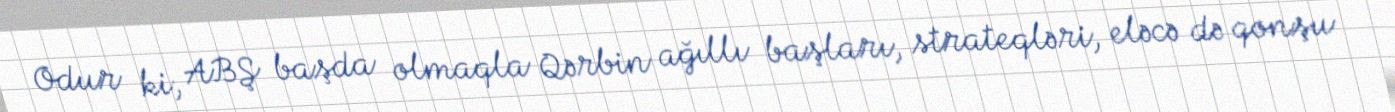
Odur ki, ABŞ başda olmaqla Qərbin ağıllı başları, strateqləri, eləcə də qonşu